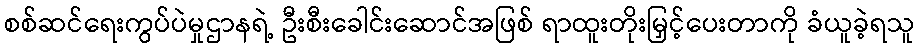
စစ်ဆင်ရေးကွပ်ပဲမှုဌာနရဲ့ ဦးစီးခေါင်းဆောင်အဖြစ် ရာထူးတိုးမြှင့်ပေးတာကို ခံယူခဲ့ရသူ